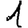
Digit: 1